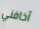
أخافني